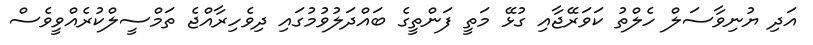
އަދި ޔުނިވާސަލް ހެލްތު ކަވަރޭޖާއި ގުޅޭ މަތީ ފަންތީގެ ބައްދަލުވުމުގައި ދިވެހިރާއްޖެ ތަމްސީލްކުރެއްވީވެސް